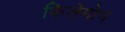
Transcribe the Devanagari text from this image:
फिलेमोन